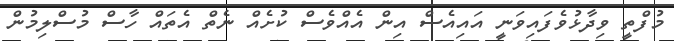
މުފްތީ ވިދާޅުވެފައިވަނީ އައިއެސް އިން އެއްވެސް ކުށެއް ނެތް އެތައް ހާސް މުސްލިމުން